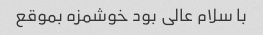
با سلام عالی بود خوشمزه بموقع